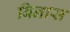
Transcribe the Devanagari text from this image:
बिनास